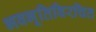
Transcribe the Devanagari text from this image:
भवभूतिविरचित